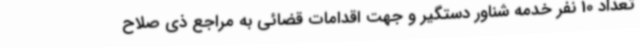
تعداد 10 نفر خدمه شناور دستگیر و جهت اقدامات قضائی به مراجع ذی صلاح